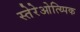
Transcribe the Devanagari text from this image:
स्तेरेओत्य्पिक